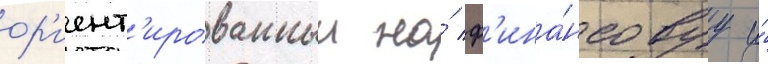
ор'иент'ированныи на́ ф'ина́нсовуу и́